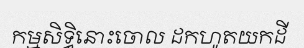
កម្មសិទ្ធិនោះចោល ដកហូតយកដី